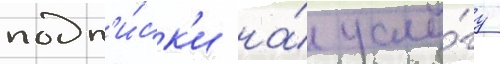
подп'и́ск'и на́ услу́гу